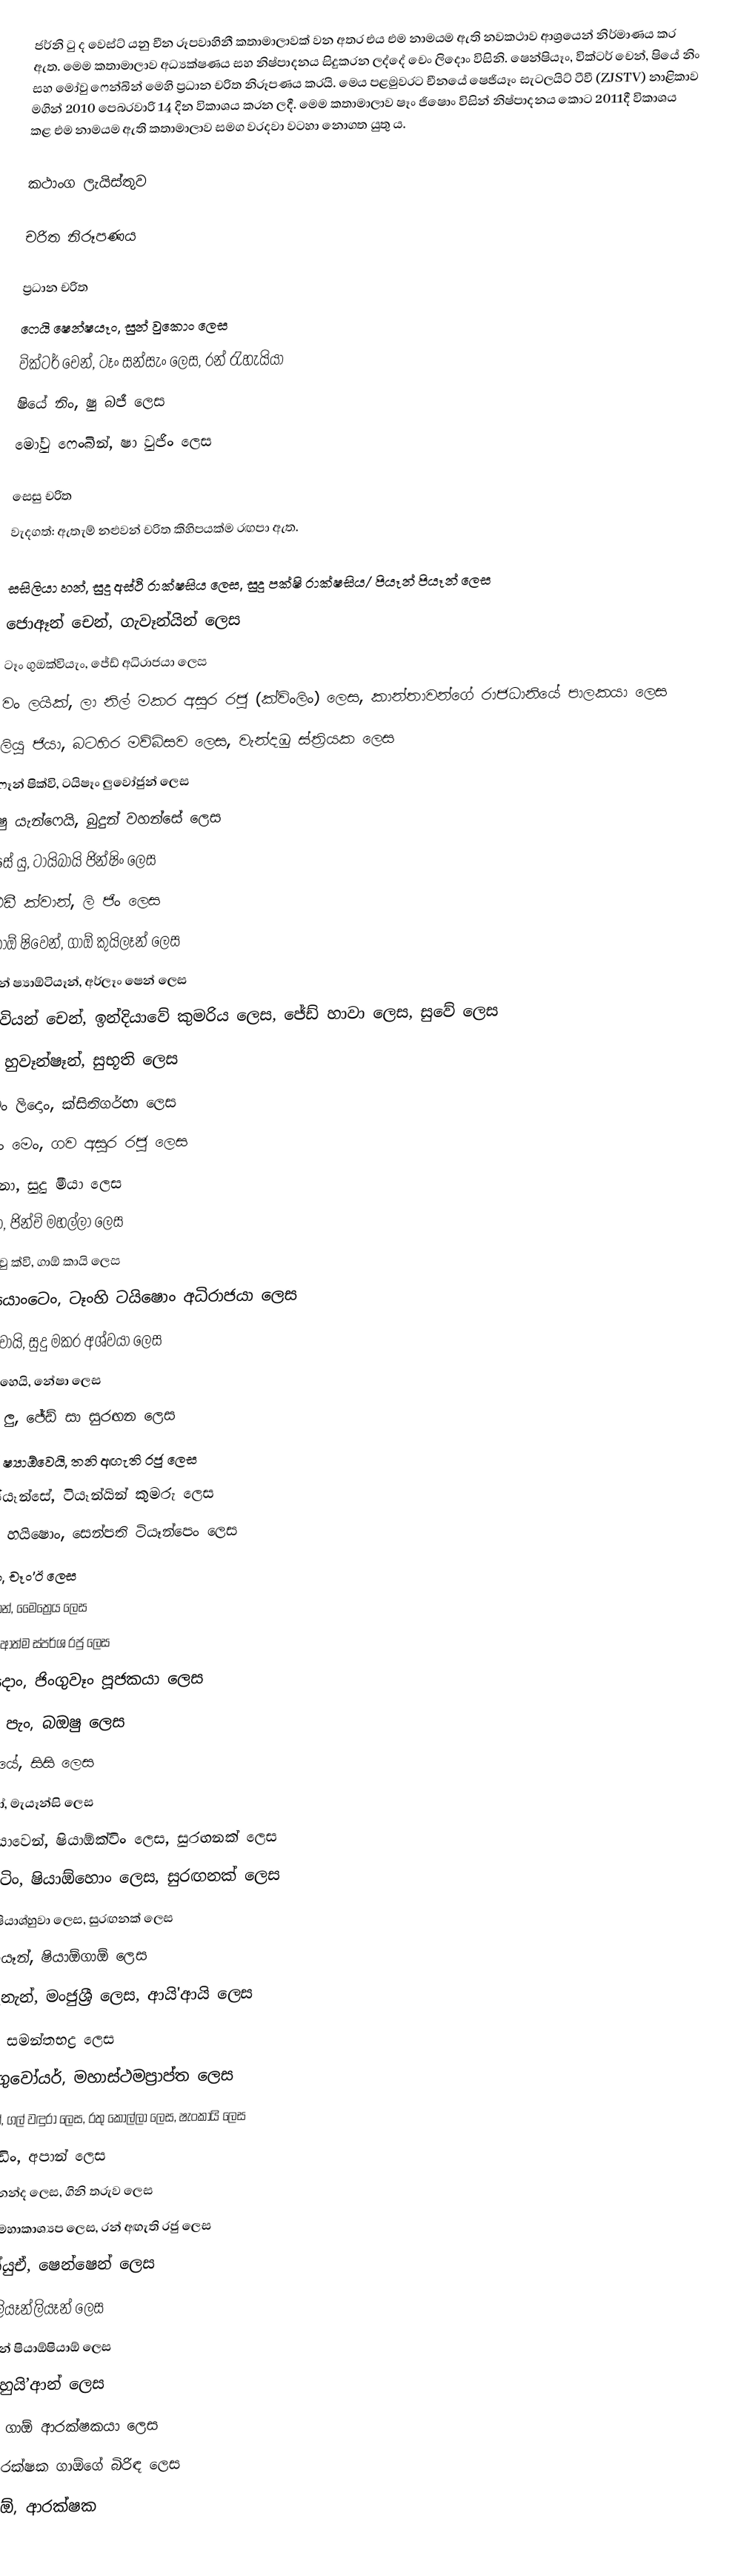
ජර්නි ටු ද වෙස්ට් යනු චීන රූපවාහිනී කතාමාලාවක් වන අතර එය එම නාමයම ඇති නවකථාව ආශ්‍රයෙන් නිර්මාණය කර ඇත. මෙම කතාමාලාව අධ්‍යක්ෂණය සහ නිෂ්පාදනය සිදුකරන ලද්දේ චෙං ලිදොං විසිනි. ෂෙන්ෂියෑං, වික්ටර් චෙන්, ෂියේ නිං සහ මෝවු ෆෙන්බින් මෙහි ප්‍රධාන චරිත නිරූපණය කරයි. මෙය පළමුවරට චීනයේ ෂෙජියෑං සැටලයිට් ටීවී (ZJSTV) නාළිකාව මගින් 2010 පෙබරවාරි 14 දින විකාශය කරන ලදී. මෙම කතාමාලාව ෂෑං ජිෂොං විසින් නිෂ්පාදනය කොට 2011දී විකාශය කළ එම නාමයම ඇති කතාමාලාව සමග වරදවා වටහා නොගත යුතු ය.

කථාංග ලැයිස්තුව

චරිත නිරූපණය

ප්‍රධාන චරිත
 ෆෙයි ෂෙන්ෂයෑං, සුන් වුකොං ලෙස
 වික්ටර් චෙන්, ටෑං සන්සැං ලෙස, රන් රැහැයියා
 ෂියේ නිං, ෂු බජී ලෙස
 මෝවු ෆෙංබින්, ෂා වුජිං ලෙස

සෙසු චරිත
 වැදගත්: ඇතැම් නළුවන් චරිත කිහිපයක්ම රඟපා ඇත.

 සසිලියා හන්, සුදු අස්ථි රාක්ෂසිය ලෙස, සුදු පක්ෂි රාක්ෂසිය/ පියෑන් පියෑන් ලෙස
 ජොඈන් චෙන්, ගැවෑන්යින් ලෙස
 ටෑං ගුඔක්වියැං, ජේඩ් අධිරාජයා ලෙස
 වං ලයික්, ලා නිල් මකර අසුර රජු (ක්විංලිං) ලෙස, කාන්තාවන්ගේ රාජධානියේ පාලකයා ලෙස
 ලියු ජියා, බටහිර මව්බිසව ලෙස, වැන්දඹු ස්ත්‍රියක ලෙස
 ෆෑන් ෂික්වි, ටයිෂෑං ලුවෝජුන් ලෙස
 ෂු යැන්ෆෙයි, බුදුන් වහන්සේ ලෙස
 සේ යු, ටායිබායි ජින්ෂිං ලෙස
 එඩී ක්වාන්, ලි ජිං ලෙස
 කාඕ ෂිවෙන්, ගාඕ කුයිලෑන් ලෙස
 යින් ෂ්‍යාඕටියෑන්, අර්ලෑං ‍ෂෙන් ලෙස
 විවියන් චෙන්, ඉන්දියාවේ කුමරිය ලෙස, ජේඩ් හාවා ලෙස, සුවේ ලෙස
 ෂු හුවෑන්ෂෑන්, සුභූති ලෙස
 චෙං ලිදොං, ක්සිතිගර්භා ලෙස
 දොං මෙං, ගව අසුර රජු ලෙස
 යු නා, සුදු මීයා ලෙස
 වු මා, ජින්චි මහල්ලා ලෙස
 ලෝවු ක්වි, ගාඕ කායි ලෙස
 ෂු යොංටෙං, ටෑංහි ටයිෂොං අධිරාජයා ලෙස
 වං ෂුවායි, සුදු මකර අශ්වයා ලෙස
 ෂ්‍යාඕහෙයි, නේෂා ලෙස
 කිරා ලු, ජේඩ් සා සුරඟන ලෙස
 ගුවෝ ෂ්‍යාඕවෙයි, තනි අඟැති රජු ලෙස
 හේ ජියෑන්සේ, ටියෑන්යින් කුමරු ලෙස
 මියාඕ හයිෂොං, සෙන්පති ටියෑන්පෙං ලෙස
 ගියු යිං, චෑං'ඊ ලෙස
 චෙන් සිහන්, මෛත්‍රෙය ලෙස
 ෂෑං ක්වි, ආත්ම ස්පර්ශ ර‍ජු ලෙස
 හන් දොං, ජිංගුවෑං පූජකයා ලෙස
 ඩයනා පැං, බඔෂු ලෙස
 ක්වියු යේ, සිසි ලෙස
 යින් ෂුවෝ, මැයෑන්සි ලෙස
 ෂුවේ ජියාවෙන්, ෂියාඕක්විං ලෙස, සුරඟනක් ලෙස
 ලු ෂුවෙටිං, ෂියාඕහොං ලෙස,  සුරඟනක් ලෙස
 යු ජුවෑන්, ෂියාශ්හුවා ලෙස, සුරඟනක් ලෙස
 ජියෑං ෆෙයෑන්, ෂියාඕගාඕ ලෙස
 ෂුඕ ෂියැනැන්, මංජුශ්‍රී ලෙස, ආයි'ආයි ලෙස
 ගු ෂියාඕ, සමන්තභද්‍ර ලෙස
 ෂෑං-යැං ගුවෝයර්, මහාස්ථමප්‍රාප්ත ලෙස
 මෙං යැන්සෙන්, ගල් වඳුරා ලෙස, රතු කොල්ලා ලෙස, ෂැංකායි ලෙස
 යැන් හොංඩිං, අපාන් ලෙස
 සුන් හාඕ, ආනන්ද ලෙස, ගිනි තරුව ලෙස
 සුන් ක්වියෑං, මහාකාශ්‍යප ලෙස, රන් අඟැති රජු ලෙස
 ලියු ටියෑන්යුඒ, ෂෙන්ෂෙන් ලෙස
 ලු ජියෙයුන්, ලියෑන්ලියෑන් ලෙස
 හොං ෂිබින්, සුන් ෂියාඕෂියාඕ ලෙස
 වු ටොංයු, හුයි’ආන් ලෙස
 ෂෑං බයිජුන්, ගාඕ ආරක්ෂකයා ලෙස
 ෂු සොංසි, ආරක්ෂක ගාඕගේ බිරිඳ ලෙස
 ගාඕ ජුන්බාඕ, ආරක්ෂක